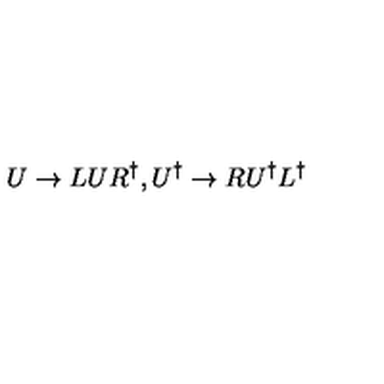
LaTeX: U \rightarrow L U R ^ { \dag } , U ^ { \dag } \rightarrow R U ^ { \dag } L ^ { \dag }